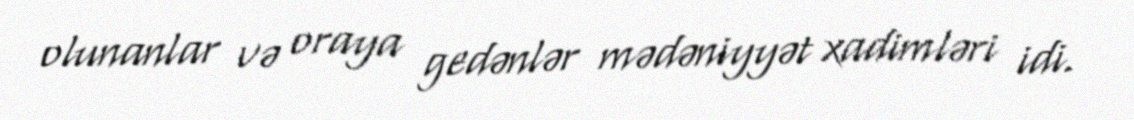
olunanlar və oraya gedənlər mədəniyyət xadimləri idi.